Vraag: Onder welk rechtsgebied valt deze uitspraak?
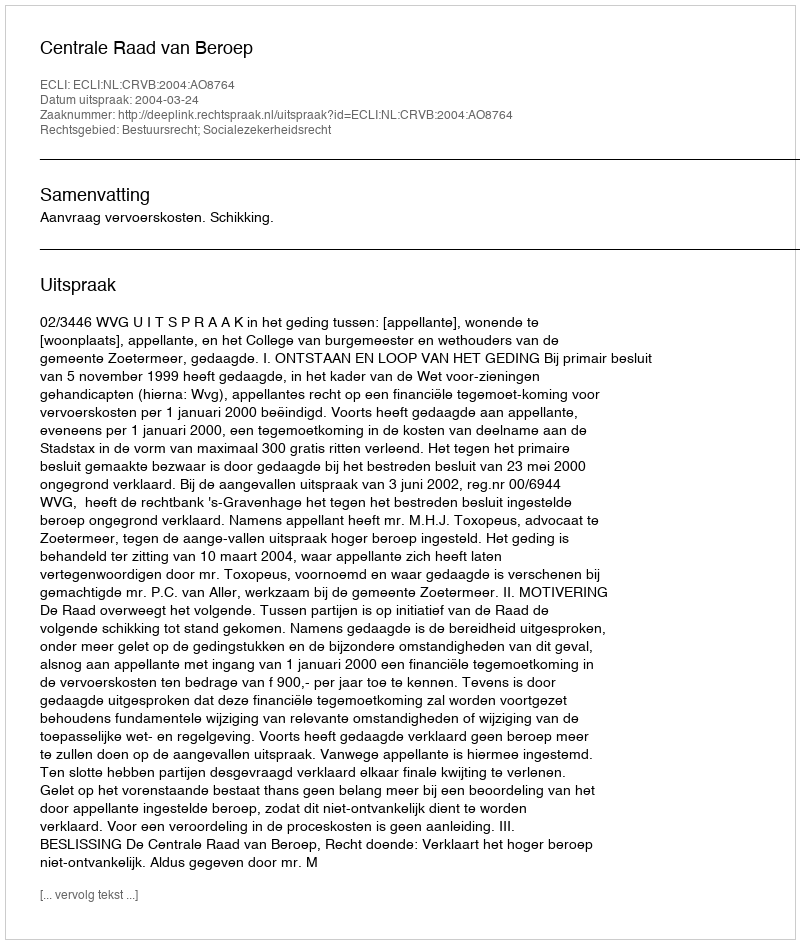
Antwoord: Bestuursrecht; Socialezekerheidsrecht